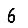
Digit: 6